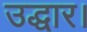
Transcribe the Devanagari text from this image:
उद्धार।